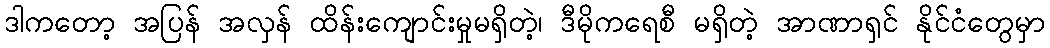
ဒါကတော့ အပြန် အလှန် ထိန်းကျောင်းမှုမရှိတဲ့၊ ဒီမိုကရေစီ မရှိတဲ့ အာဏာရှင် နိုင်ငံတွေမှာ